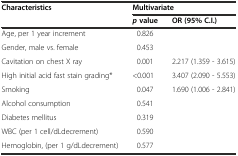
<table><thead><tr><td><b>Characteristics</b></td><td colspan="2"><b>Multivariate</b></td></tr><tr><td></td><td><b><i>p</i>value</b></td><td><b>OR (95% C.I.)</b></td></tr></thead><tbody><tr><td>Age, per 1 year increment</td><td>0.826</td><td></td></tr><tr><td>Gender, male vs. female</td><td>0.453</td><td></td></tr><tr><td>Cavitation on chest X ray</td><td>0.001</td><td>2.217 (1.359 - 3.615)</td></tr><tr><td>High initial acid fast stain grading*</td><td>&lt;0.001</td><td>3.407 (2.090 - 5.553)</td></tr><tr><td>Smoking</td><td>0.047</td><td>1.690 (1.006 - 2.841)</td></tr><tr><td>Alcohol consumption</td><td>0.541</td><td></td></tr><tr><td>Diabetes mellitus</td><td>0.319</td><td></td></tr><tr><td>WBC (per 1 cell/dLdecrement)</td><td>0.590</td><td></td></tr><tr><td>Hemoglobin, (per 1 g/dLdecrement)</td><td>0.577</td><td></td></tr></tbody></table>